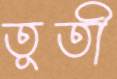
তূতী